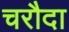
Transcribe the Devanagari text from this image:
चरौदा